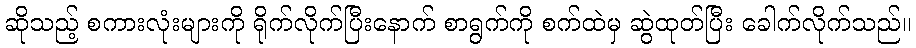
ဆိုသည့် စကားလုံးများကို ရိုက်လိုက်ပြီးနောက် စာရွက်ကို စက်ထဲမှ ဆွဲထုတ်ပြီး ခေါက်လိုက်သည်။